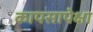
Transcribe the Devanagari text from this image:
कापसापेक्षा